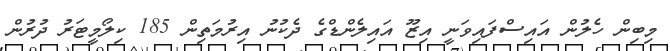
މިބިން ހެލުން އައިސްފައިވަނީ އިޒޫ އައިލެންޑްގެ ދެކުނު އިރުމަތިން 185 ކިލޯމީޓަރު ދުރުން